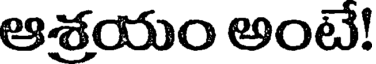
ఆశయం అంటే!